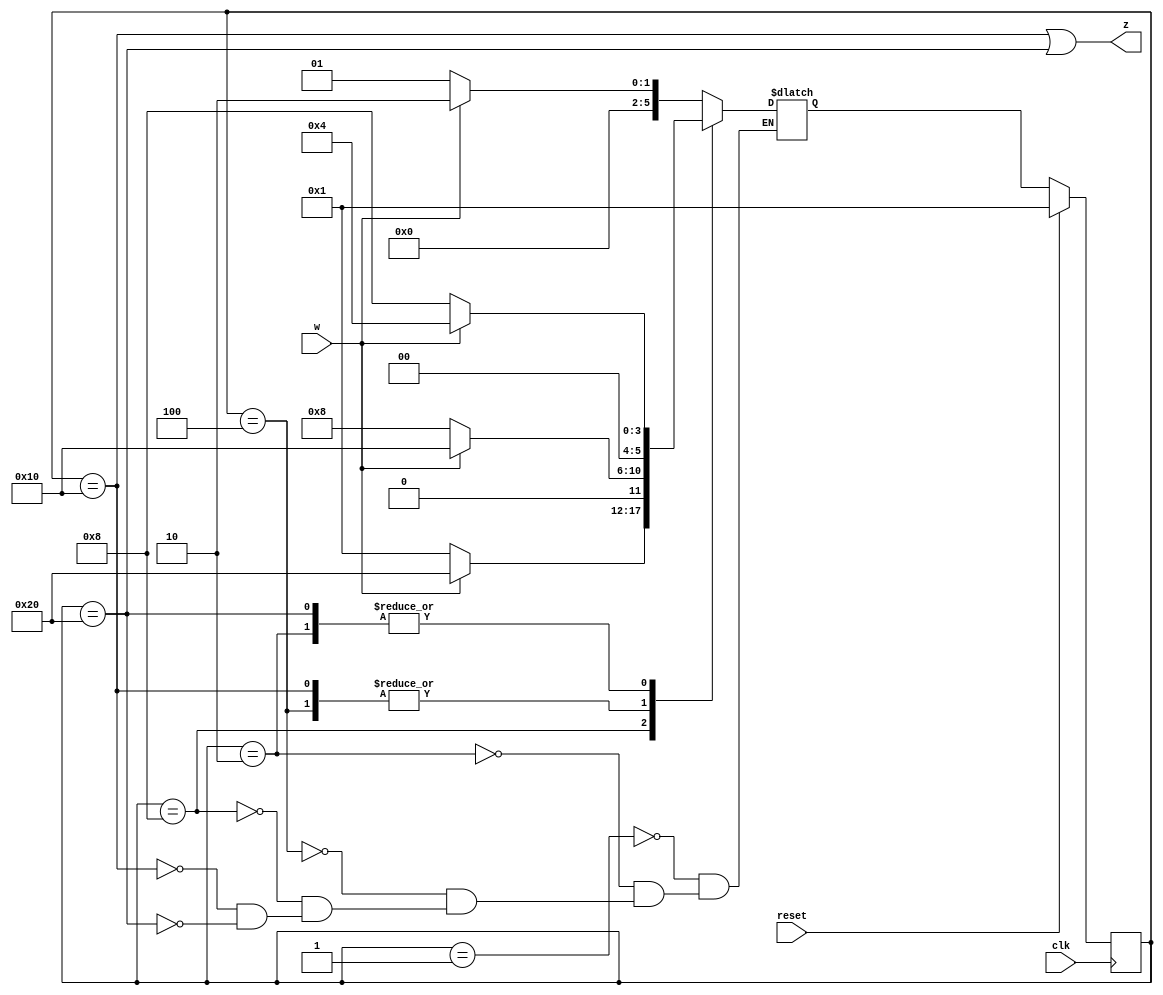
module top_module (
    input clk,
    input reset,   // Synchronous active-high reset
    input w,
    output z
);
    parameter a=6'b000_001;
    parameter b=6'b000_010;
    parameter c=6'b000_100;
    parameter d=6'b001_000;
    parameter e=6'b010_000;
    parameter f=6'b100_000;
    reg [5:0]state;
    reg [5:0]next;
    always @(posedge clk ) begin
        if (reset) begin
            state<=a;
        end
        else begin
            state<=next;
        end
    end
    always @(*) begin
        case(state)
        a:next=(w)?b:a;
        b:next=(w)?c:d;
        c:next=(w)?e:d;
        d:next=(w)?f:a;
        e:next=(w)?e:d;
        f:next=(w)?c:d;
        endcase
    end
    assign z = (state==e|state==f);
endmodule